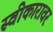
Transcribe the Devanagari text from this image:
स्वीकारावर